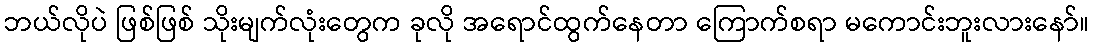
ဘယ်လိုပဲ ဖြစ်ဖြစ် သိုးမျက်လုံးတွေက ခုလို အရောင်ထွက်နေတာ ကြောက်စရာ မကောင်းဘူးလားနော်။